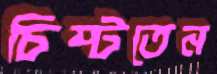
চিম্‌টতেন